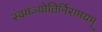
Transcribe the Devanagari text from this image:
स्वयंज्योतिर्निरामयम्